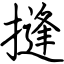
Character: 摓